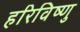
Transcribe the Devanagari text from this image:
हरिविष्णु